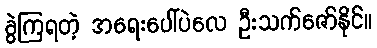
ခွဲကြရတဲ့ အရေးပေါ်ပဲလေ ဦးသက်ဇော်နိုင်။